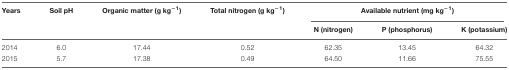
| Years | Soil pH | Organic matter (g kg-1) | Total nitrogen (g kg-1) | <COLSPAN=3> Available nutrient (mg kg-1) |
 |  |  |  |  | N (nitrogen) | P (phosphorus) | K (potassium) |
 | --- | --- | --- | --- | --- | --- | --- |
 | 2014 | 6.0 | 17.44 | 0.52 | 62.35 | 13.45 | 64.32 |
 | 2015 | 5.7 | 17.38 | 0.49 | 64.50 | 11.66 | 75.55 |